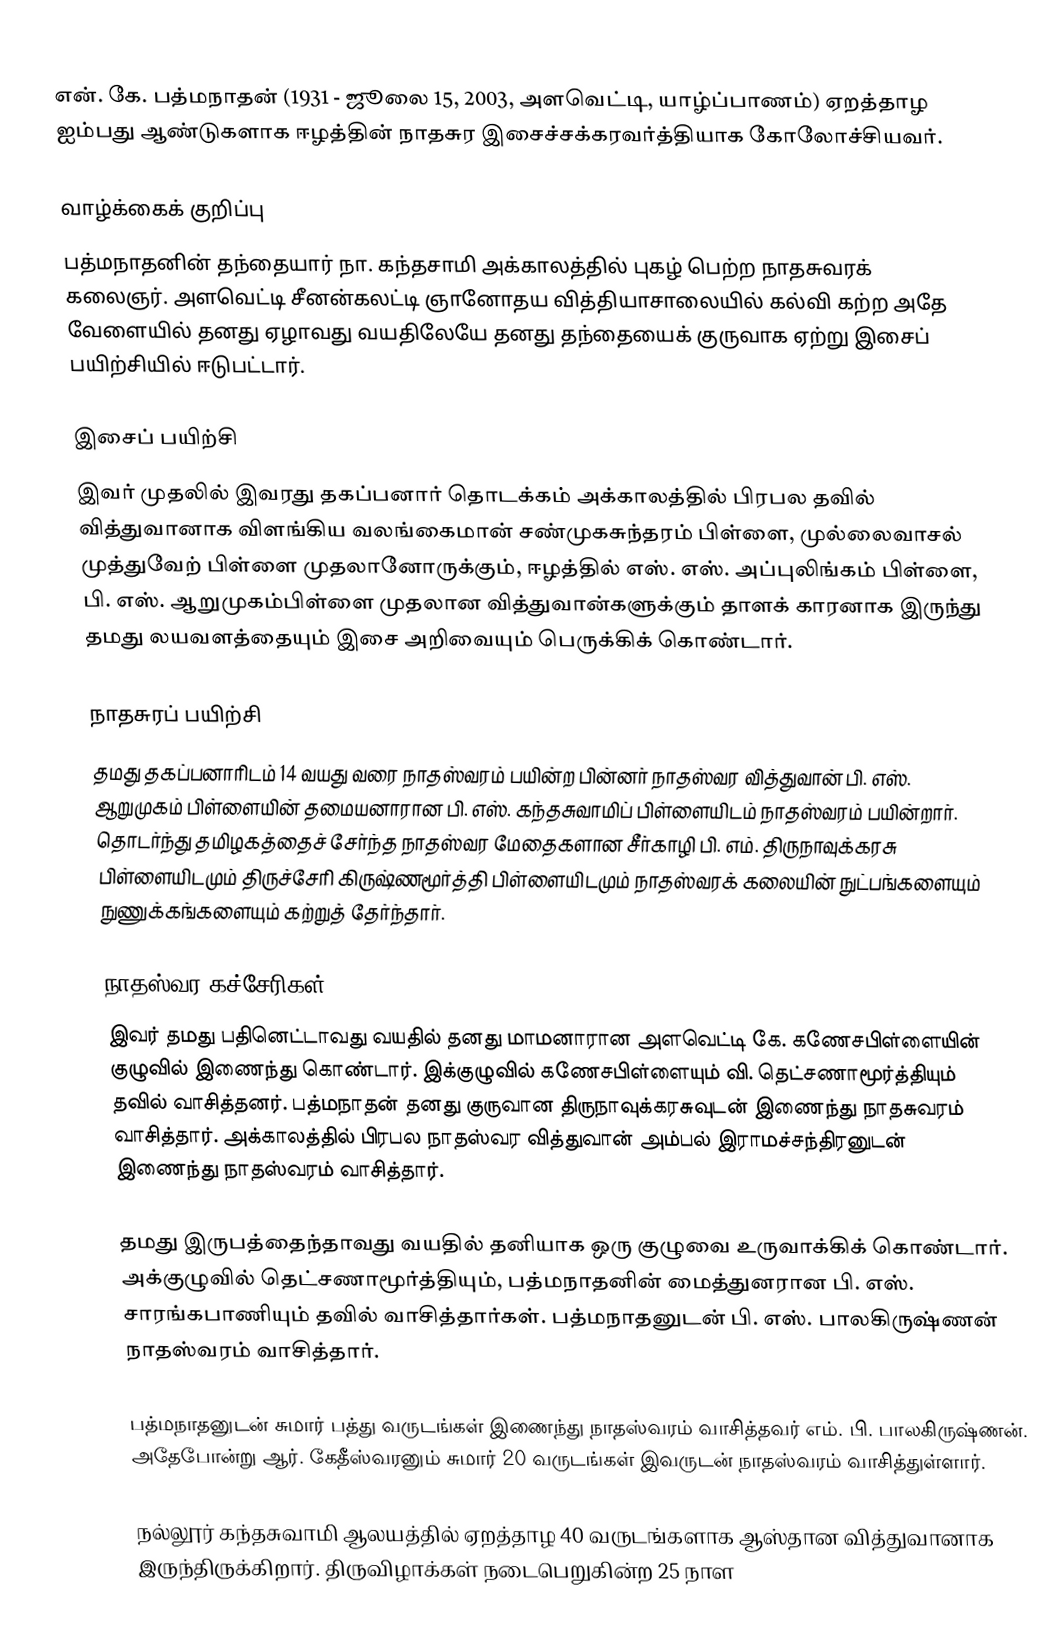
என். கே. பத்மநாதன் (1931 - ஜூலை 15, 2003, அளவெட்டி, யாழ்ப்பாணம்) ஏறத்தாழ ஐம்பது ஆண்டுகளாக ஈழத்தின் நாதசுர இசைச்சக்கரவர்த்தியாக கோலோச்சியவர்.

வாழ்க்கைக் குறிப்பு
பத்மநாதனின் தந்தையார் நா. கந்தசாமி அக்காலத்தில் புகழ் பெற்ற நாதசுவரக் கலைஞர். அளவெட்டி சீனன்கலட்டி ஞானோதய வித்தியாசாலையில் கல்வி கற்ற அதே வேளையில் தனது ஏழாவது வயதிலேயே தனது தந்தையைக் குருவாக ஏற்று இசைப் பயிற்சியில் ஈடுபட்டார்.

இசைப் பயிற்சி
இவர் முதலில் இவரது தகப்பனார் தொடக்கம் அக்காலத்தில் பிரபல தவில் வித்துவானாக விளங்கிய வலங்கைமான் சண்முகசுந்தரம் பிள்ளை, முல்லைவாசல் முத்துவேற் பிள்ளை முதலானோருக்கும், ஈழத்தில் எஸ். எஸ். அப்புலிங்கம் பிள்ளை, பி. எஸ். ஆறுமுகம்பிள்ளை முதலான வித்துவான்களுக்கும் தாளக் காரனாக இருந்து தமது லயவளத்தையும் இசை அறிவையும் பெருக்கிக் கொண்டார்.

நாதசுரப் பயிற்சி
தமது தகப்பனாரிடம் 14 வயது வரை நாதஸ்வரம் பயின்ற பின்னர் நாதஸ்வர வித்துவான் பி. எஸ். ஆறுமுகம் பிள்ளையின் தமையனாரான பி. எஸ். கந்தசுவாமிப் பிள்ளையிடம் நாதஸ்வரம் பயின்றார். தொடர்ந்து தமிழகத்தைச் சேர்ந்த நாதஸ்வர மேதைகளான சீர்காழி பி. எம். திருநாவுக்கரசு பிள்ளையிடமும் திருச்சேரி கிருஷ்ணமூர்த்தி பிள்ளையிடமும் நாதஸ்வரக் கலையின் நுட்பங்களையும் நுணுக்கங்களையும் கற்றுத் தேர்ந்தார்.

நாதஸ்வர கச்சேரிகள்
இவர் தமது பதினெட்டாவது வயதில் தனது மாமனாரான அளவெட்டி கே. கணேசபிள்ளையின் குழுவில் இணைந்து கொண்டார். இக்குழுவில் கணேசபிள்ளையும் வி. தெட்சணாமூர்த்தியும் தவில் வாசித்தனர். பத்மநாதன் தனது குருவான திருநாவுக்கரசுவுடன் இணைந்து நாதசுவரம் வாசித்தார். அக்காலத்தில் பிரபல நாதஸ்வர வித்துவான் அம்பல் இராமச்சந்திரனுடன் இணைந்து நாதஸ்வரம் வாசித்தார்.

தமது இருபத்தைந்தாவது வயதில் தனியாக ஒரு குழுவை உருவாக்கிக் கொண்டார். அக்குழுவில் தெட்சணாமூர்த்தியும், பத்மநாதனின் மைத்துனரான பி. எஸ். சாரங்கபாணியும் தவில் வாசித்தார்கள். பத்மநாதனுடன் பி. எஸ். பாலகிருஷ்ணன் நாதஸ்வரம் வாசித்தார்.

பத்மநாதனுடன் சுமார் பத்து வருடங்கள் இணைந்து நாதஸ்வரம் வாசித்தவர் எம். பி. பாலகிருஷ்ணன். அதேபோன்று ஆர். கேதீஸ்வரனும் சுமார் 20 வருடங்கள் இவருடன் நாதஸ்வரம் வாசித்துள்ளார்.

நல்லூர் கந்தசுவாமி ஆலயத்தில் ஏறத்தாழ 40 வருடங்களாக ஆஸ்தான வித்துவானாக இருந்திருக்கிறார். திருவிழாக்கள் நடைபெறுகின்ற 25 நாள